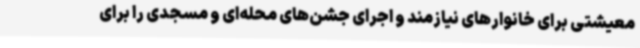
معیشتی برای خانوارهای نیازمند و اجرای جشن‌های محله‌ای و مسجدی را برای